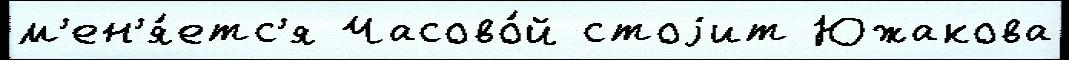
м'ен'я́етс'я Часово́й стоjит Южакова